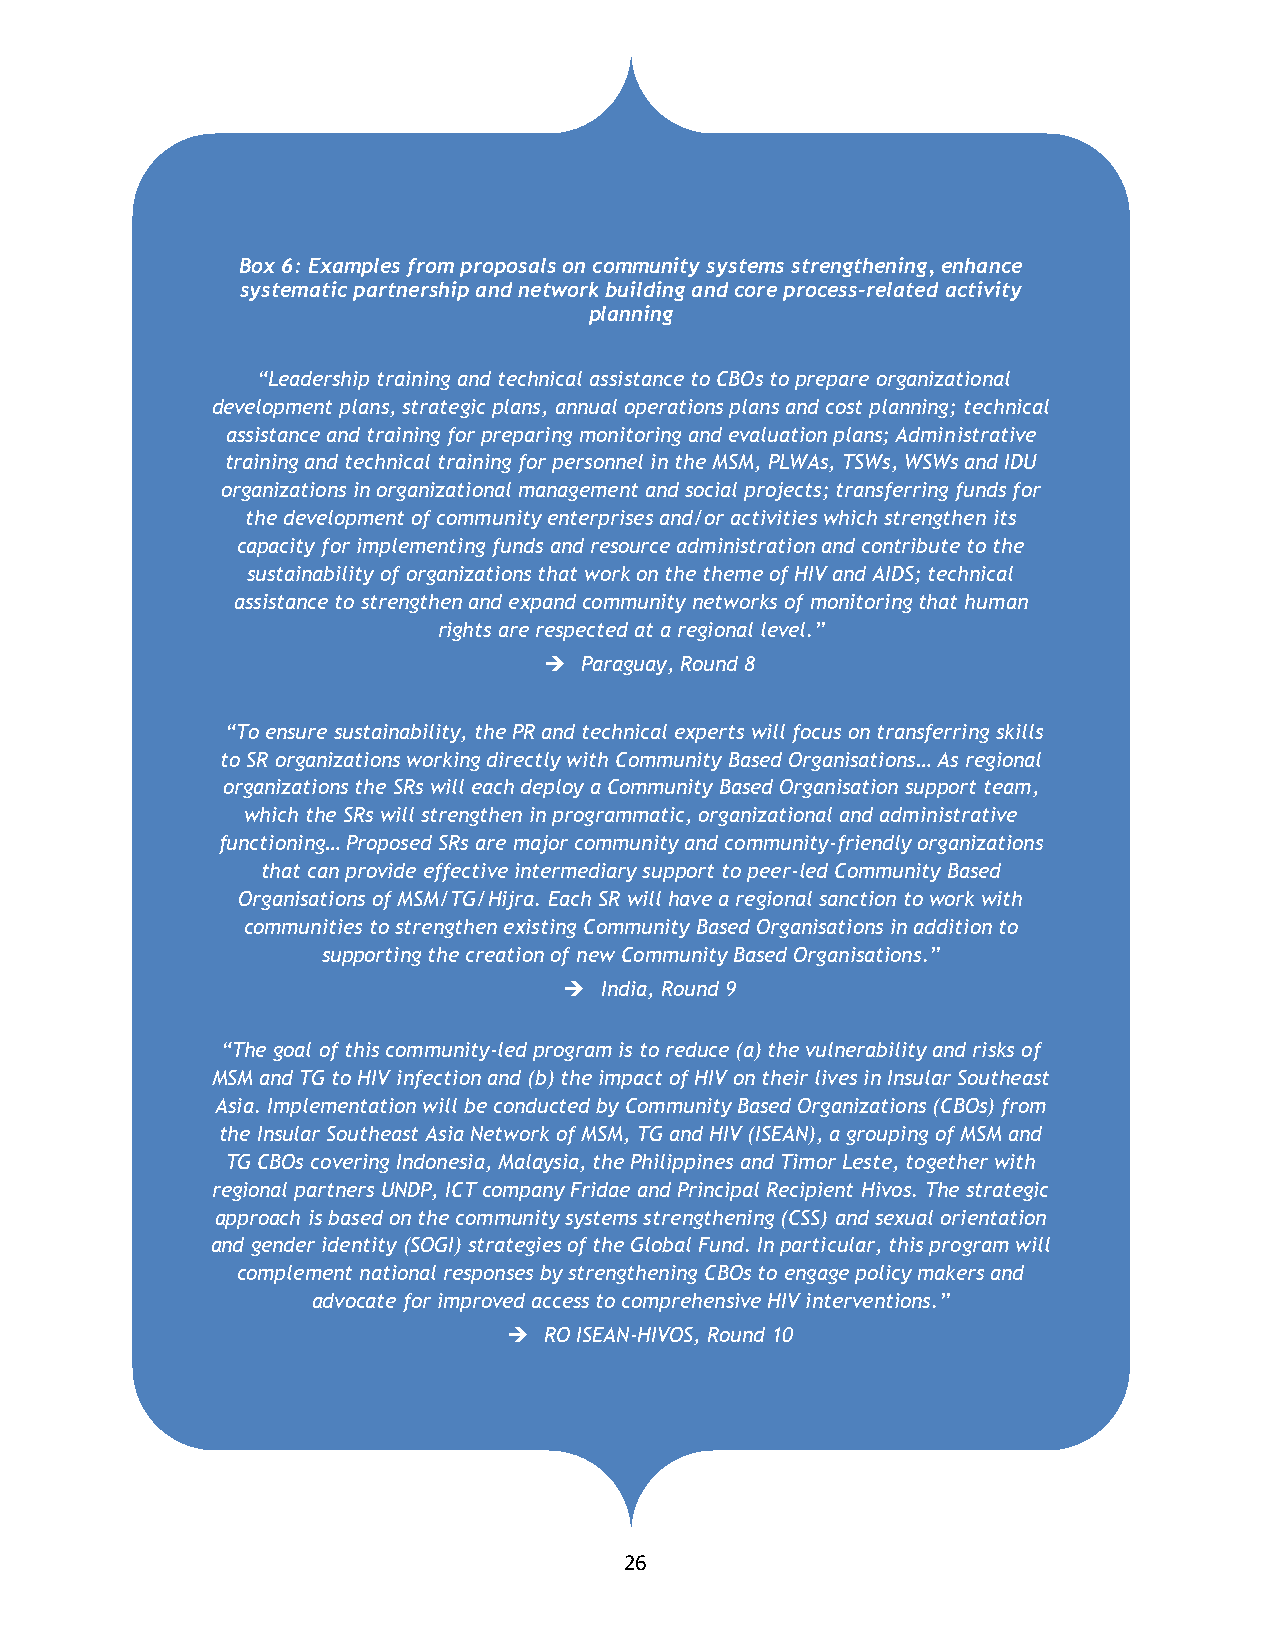
Box 6: Examples from proposals on community systems strengthening, enhance
 systematic partnership and network building and core process-related activity
 planning
 “Leadership training and technical assistance to CBOs to prepare organizational
 development plans, strategic plans, annual operations plans and cost planning; technical
 assistance and training for preparing monitoring and evaluation plans; Administrative
 training and technical training for personnel in the MSM, PLWAs, TSWs, WSWs and IDU
 organizations in organizational management and social projects; transferring funds for
 the development of community enterprises and/or activities which strengthen its
 capacity for implementing funds and resource administration and contribute to the
 sustainability of organizations that work on the theme of HIV and AIDS; technical
 assistance to strengthen and expand community networks of monitoring that human
 rights are respected at a regional level.”
  Paraguay, Round 8
 “To ensure sustainability, the PR and technical experts will focus on transferring skills
 to SR organizations working directly with Community Based Organisations… As regional
 organizations the SRs will each deploy a Community Based Organisation support team,
 which the SRs will strengthen in programmatic, organizational and administrative
 functioning… Proposed SRs are major community and community-friendly organizations
 that can provide effective intermediary support to peer-led Community Based
 Organisations of MSM/TG/Hijra. Each SR will have a regional sanction to work with
 communities to strengthen existing Community Based Organisations in addition to
 supporting the creation of new Community Based Organisations.”
   India, Round 9
 “The goal of this community-led program is to reduce (a) the vulnerability and risks of
 MSM and TG to HIV infection and (b) the impact of HIV on their lives in Insular Southeast
 Asia. Implementation will be conducted by Community Based Organizations (CBOs) from
 the Insular Southeast Asia Network of MSM, TG and HIV (ISEAN), a grouping of MSM and
 TG CBOs covering Indonesia, Malaysia, the Philippines and Timor Leste, together with
 regional partners UNDP, ICT company Fridae and Principal Recipient Hivos. The strategic
 approach is based on the community systems strengthening (CSS) and sexual orientation
 and gender identity (SOGI) strategies of the Global Fund. In particular, this program will
 complement national responses by strengthening CBOs to engage policy makers and
 advocate for improved access to comprehensive HIV interventions.”
  RO ISEAN-HIVOS, Round 10
 26